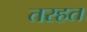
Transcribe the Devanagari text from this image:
तरहत